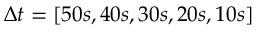
\Delta t = [ 5 0 s , 4 0 s , 3 0 s , 2 0 s , 1 0 s ]